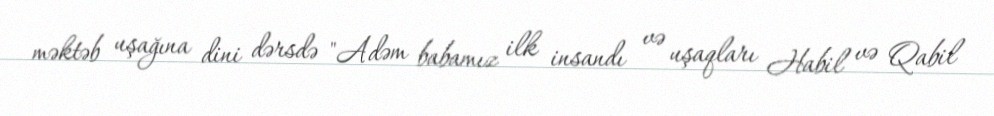
məktəb uşağına dini dərsdə "Adəm babamız ilk insandı və uşaqları Habil və Qabil